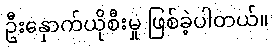
ဦးနှောက်ယိုစီးမှု ဖြစ်ခဲ့ပါတယ်။